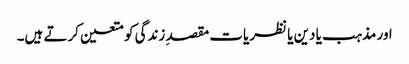
اور مذہب یا دین یا نظریات مقصدِ زندگی کو متعین کرتے ہیں۔